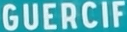
GUERCIF